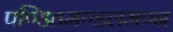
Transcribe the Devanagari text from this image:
पण्डितमण्डलमण्न